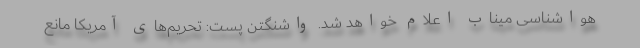
هواشناسی میناب اعلام خواهد شد. واشنگتن پست: تحریم‌های آمریکا مانع